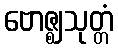
ဗောဇ္ဈသုတ္တံ